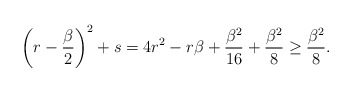
\begin{align*}\begin{aligned} \left(r-\frac{\beta}{2}\right)^2+s&=4r^2-r\beta+\frac{\beta^2}{16}+\frac{\beta^2}{8}\geq \frac{\beta^2}{8}. \end{aligned}\end{align*}